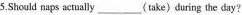
5.Should naps actually ___ (take)during the day?